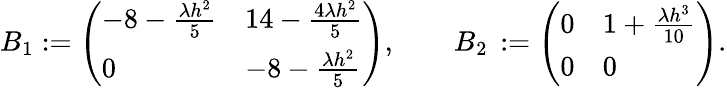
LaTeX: B_{1}:=\left(\begin{array}{ll}{-{8}-\frac{\lambda h^{2}}{5}}&{{14}-\frac{4\lambda h^{2}}{5}}\\ {0}&{-{8}-\frac{\lambda h^{2}}{5}}\end{array}\right),\qquad B_{2}\, :=\left(\begin{array}{ll}{0}&{{1}+\frac{\lambda h^{3}}{10}}\\ {0}&{0}\end{array}\right).